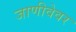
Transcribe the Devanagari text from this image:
जाणीवेवर